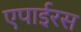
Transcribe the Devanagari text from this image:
एपाईरस